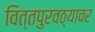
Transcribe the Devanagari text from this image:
वित्तपुरवठ्यावर